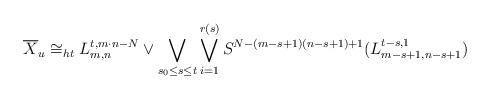
LaTeX: \begin{align*} \overline X_u \cong_{ht} L_{m,n}^{t,m\cdot n -N} \vee \bigvee_{s_0 \leq s \leq t} \bigvee_{i=1}^{r(s)} S^{N-(m-s+1)(n-s+1)+1}( L_{m-s+1,n-s+1}^{t-s,1} ) \end{align*}